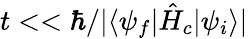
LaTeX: t<<\hbar/|\langle\psi_{f}|\hat{H}_{c}|\psi_{i}\rangle|